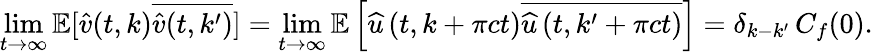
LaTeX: \operatorname*{lim}_{t\rightarrow\infty}\mathbb{E}[\widehat{v}(t,k)\overline{{\widehat{v}(t,k^{\prime})}}]=\operatorname*{lim}_{t\rightarrow\infty}\mathbb{E}\left[\widehat{u}\left(t,k+\pi ct\right)\overline{{\widehat{u}\left(t,k^{\prime}+\pi ct\right)}}\right]=\delta_{k-k^{\prime}}\, C_{f}(0).